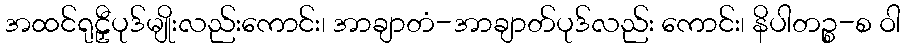
အထင်ရုဠှီပုဒ်မျိုးလည်းကောင်း၊ အာချာတံ-အာချာတ်ပုဒ်လည်း ကောင်း၊ နိပါတဉ္စ-စ ဝါ